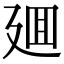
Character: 廽